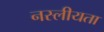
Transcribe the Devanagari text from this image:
नस्लीयता